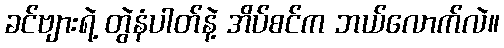
ခင်ဗျားရဲ့ တွဲနံပါတ်နဲ့ အိပ်စင်က ဘယ်လောက်လဲ။